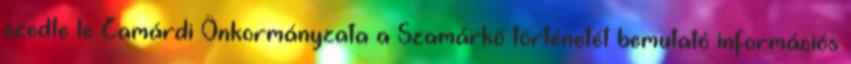
szedte le Zamárdi Önkormányzata a Szamárkő történetét bemutató információs